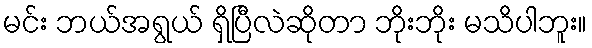
မင်း ဘယ်အရွယ် ရှိပြီလဲဆိုတာ ဘိုးဘိုး မသိပါဘူး။